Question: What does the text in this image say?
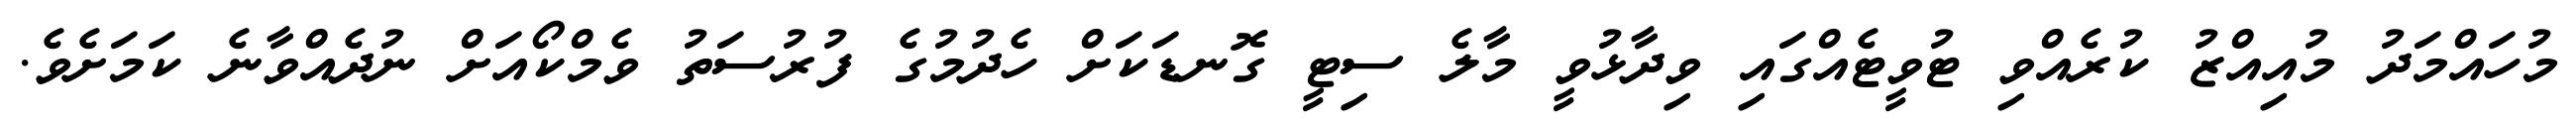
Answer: މުހައްމަދު މުއިއްޒު ކުރެއްވި ޓުވީޓެއްގައި ވިދާޅުވީ މާލެ ސިޓީ ގޮނޑަކަށް ހެދުމުގެ ފުރުސަތު ވެމްކޯއަށް ނުދެއްވާނެ ކަމަށެވެ.